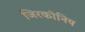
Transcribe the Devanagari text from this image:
जिरकोनिय